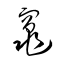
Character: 竃